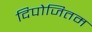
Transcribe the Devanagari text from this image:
दिपोजितम